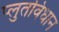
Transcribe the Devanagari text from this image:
प्लुतविधान